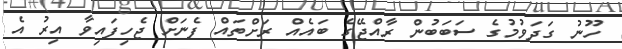
ހޫނު ގަދަވުމުގެ ސަަބަބުން ރާއްޖޭގެ ބައެއް ރަށްތައް ފެނަށް ޖެހިފައިވާ އިރު އެ